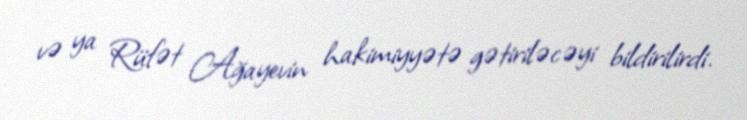
və ya Rüfət Ağayevin hakimiyyətə gətiriləcəyi bildirilirdi.